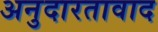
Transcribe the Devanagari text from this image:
अनुदारतावाद